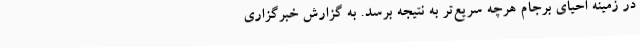
در زمینه احیای برجام هرچه سریع‌تر به نتیجه برسد. به گزارش خبرگزاری